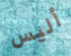
أليس